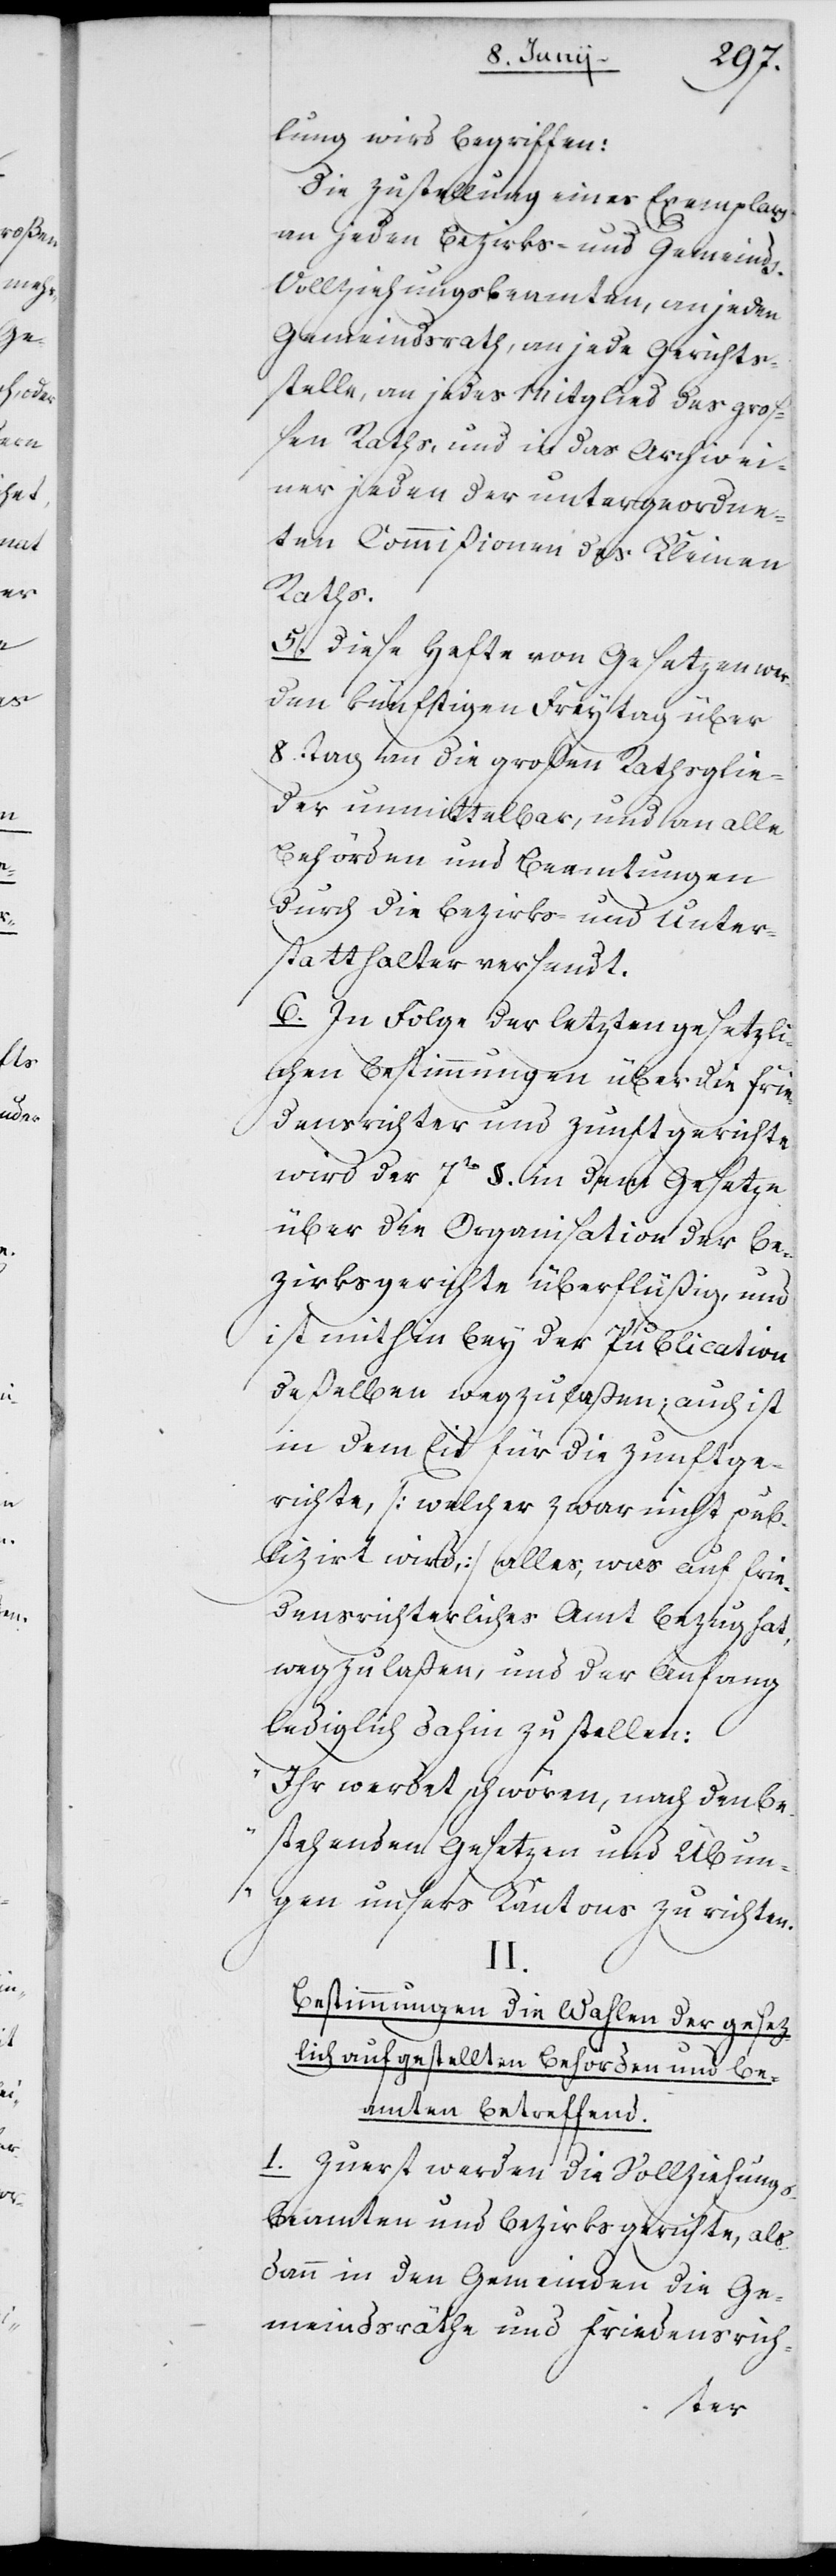
lung wird begriffen:
Die Zustellung eines Exemplars
an jeden Bezirks- und Gemeind¬
s-Vollziehungsbeamten, an jeden
Gemeindsrath, an jede Gerichts¬
stelle, an jedes Mitglied des groß¬
en Raths, und in das Archiv ei¬
ner jeden der untergeordne¬
ten Commißionen des Kleinen
Raths.
5. Diese Hefte von Gesetzen wer¬
den künftigen Freytag über
8. Tag an die großen Rathsglie¬
der unmittelbar, und an alle
Behörden und Beamtungen
durch die Bezirks- und Unter¬
statthalter versandt.
6. In Folge der letzten gesetzli¬
chen Bestimmungen über die Frie¬
densrichter und Zunftgerichte
wird der 7te §. in dem Gesetze
über die Organisation der Be¬
zirksgerichte überflüßig, und
ist mithin bey der Publication
deßelben wegzulaßen; auch ist
in dem Eid für die Zunftge¬
richte, (welcher zwar nicht pub¬
lizirt wird,) alles, was auf frie¬
densrichterliches Amt Bezug hat,
wegzulaßen, und der Anfang
lediglich dahin zu stellen:
„Ihr werdet schwören, nach den be¬
stehenden Gesetzen und Übun¬
gen unsers Kantons zu richten.“
II.
Bestimmungen die Wahlen der gesez¬
lich aufgestellten Behörden und Be¬
amten betreffend.
1. Zuerst werden die Vollziehungs¬
beamten und Bezirksgerichte, als¬
dann in den Gemeinden die Ge¬
meindsräthe und Friedensrich-